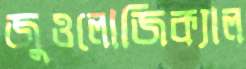
জুওলোজিক্যাল